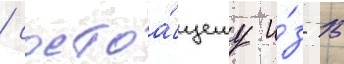
/ состоа́щему и́з 15